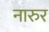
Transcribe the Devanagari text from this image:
नारुर